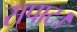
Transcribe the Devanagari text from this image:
सपाट।